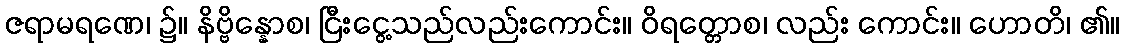
ဇရာမရဏေ၊ ၌။ နိဗ္ဗိန္နောစ၊ ငြီးငွေ့သည်လည်းကောင်း။ ဝိရတ္တောစ၊ လည်း ကောင်း။ ဟောတိ၊ ၏။